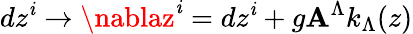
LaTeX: dz^{\mathit{i}}\rightarrow\nablaz^{\mathit{i}}=dz^{\mathit{i}}+g\mathbf{A}^{\Lambda}k_{\Lambda}(z)